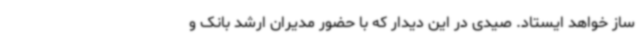
ساز خواهد ایستاد. صیدی در این دیدار که با حضور مدیران ارشد بانک و